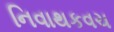
નિવાથકવચ